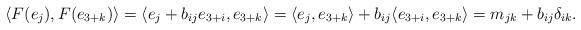
LaTeX: \begin{align*}\langle F(e_j), F(e_{3+k})\rangle = \langle e_j + b_{ij}e_{3+i}, e_{3+k}\rangle = \langle e_j, e_{3+k}\rangle + b_{ij}\langle e_{3+i}, e_{3+k}\rangle = m_{jk} + b_{ij}\delta_{ik}.\end{align*}